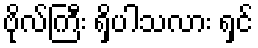
ဗိုလ်ကြီး ရှိပါသလား ရှင်